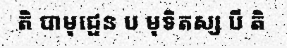
តិ បាមុជ្ផេន ប មុទិតស្ស បី តិ